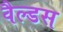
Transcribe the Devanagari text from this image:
वैल्डस